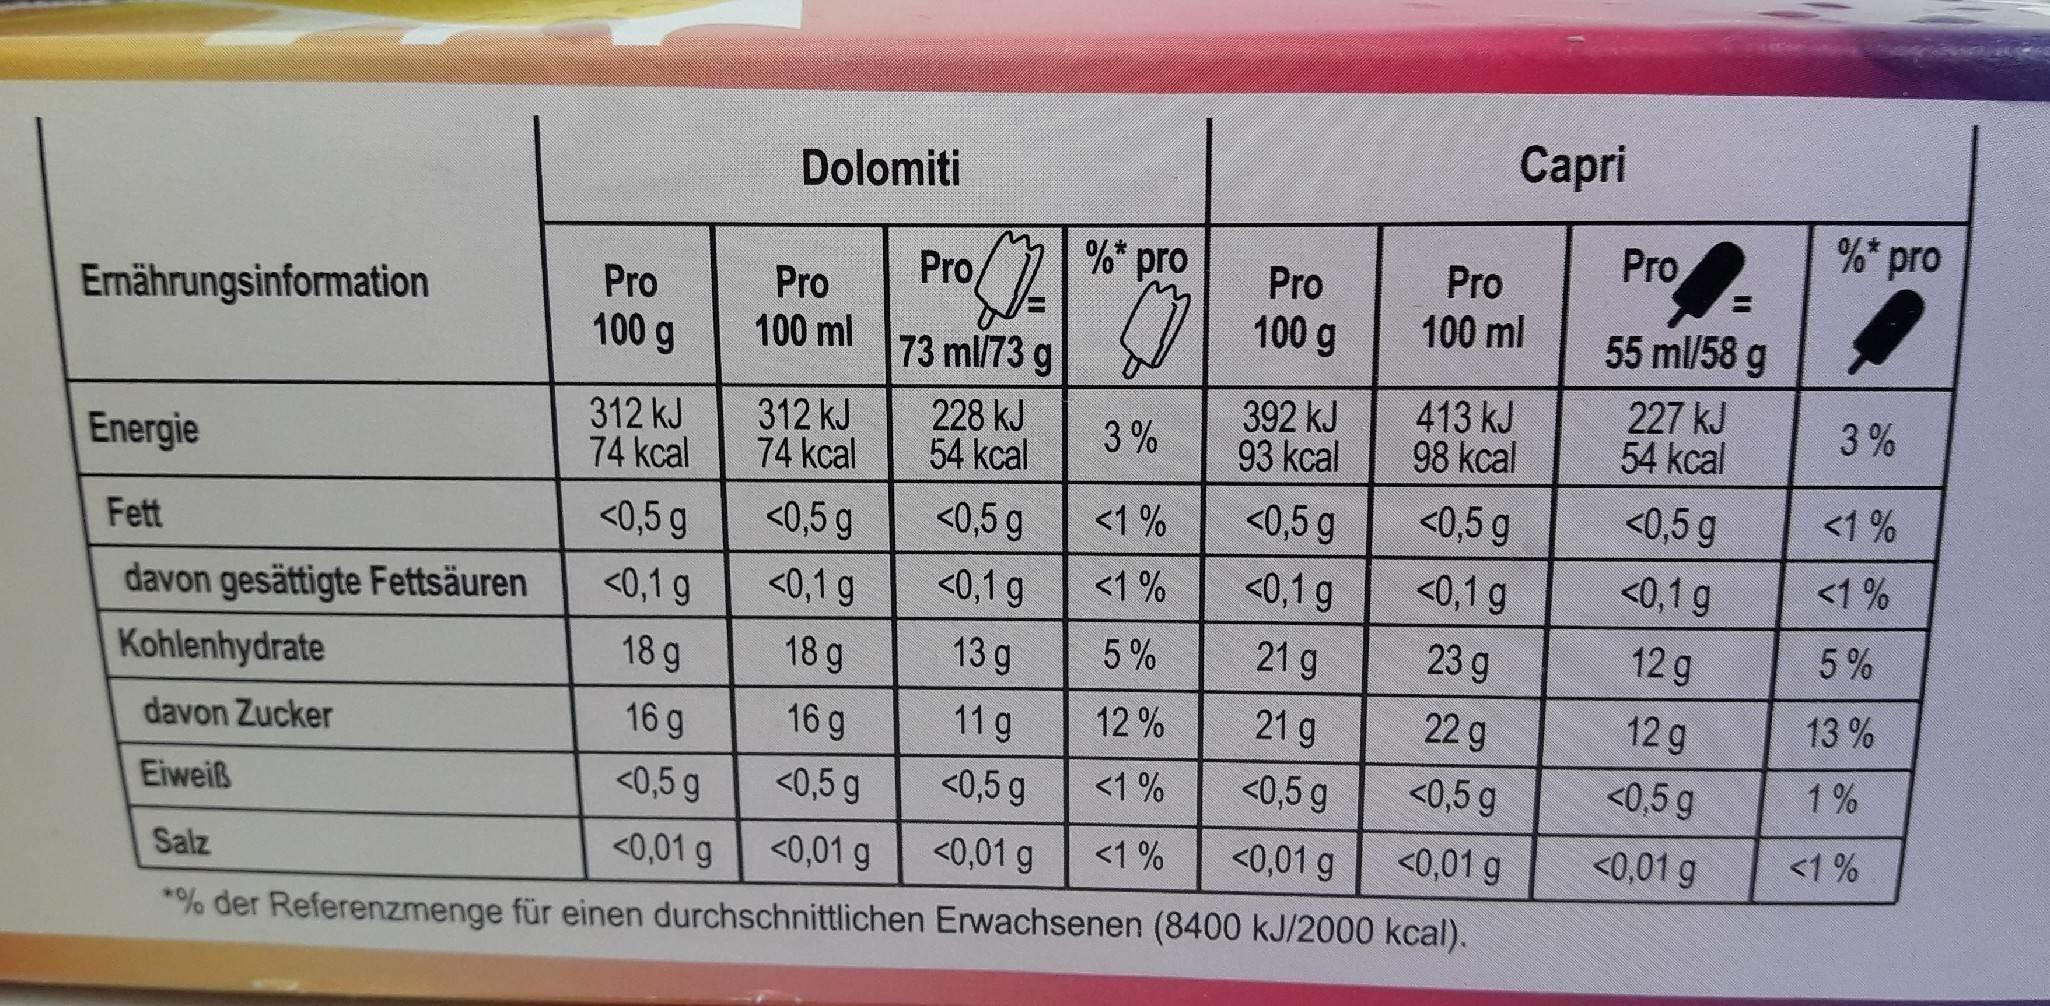
Сapri
Dolomiti
Pro
%* pro
Pro,
%* pro
Pro
Pro
%3D
Pro
Pro
Ermährungsinformation
O 100 g
100 g
100 ml
55 ml/58 g
100 ml
73 ml/73 g
392 kJ 93 kcal
413 kJ 98 kcal
227 kJ 54 kcal
3%
312 kJ 74 kcal
312 kJ 74 kcal
228 kJ 54 kcal
3 %
Energie
<0,5 g
<0,5 g
<0,5 g
<1 %
<0,5 g
<0,5 g
<0,5 g
<1 %
Fett
<0,1 g
<0,1 g
<0,1 g
<1 %
<0,1 g
<0,1 g
<0,1 g
<1 %
davon gesättigte Fettsäuren
18 g
18 g
13 g
5%
21 g
23 g
12 g
5%
Kohlenhydrate
16 g
16 g
11 g
12 %
21 g
22 g
12 g
13%
davon Zucker
<0,5 g
<0,5 g
<0,5 g
<1 %
<0,5 g
<0,5 g
<0,5 g
1 %
Eiweiß
<0,01 g
<0,01 g
<0,01 g
<1 %
<0,01 g
<0,01 g
<0,01 g
<1 %
Salz
*% der Referenzmenge für einen durchschnittlichen Erwachsenen (8400 kJ/2000 kcal).